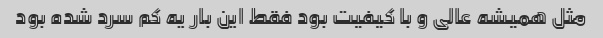
مثل همیشه عالی و با کیفیت بود فقط این بار یه کم سرد شده بود